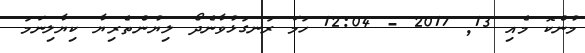
މުންކޮ މެއި 13